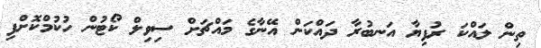
ތިން ލައްކަ ރުފިޔާ އަނބުރާ ދައްކަން އޭނާގެ މައްޗަށް ސިވިލް ކޯޓުން ހުކުމްކޮށްފި